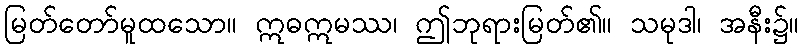
မြတ်တော်မူထသော။ ဣဓဣမဿ၊ ဤဘုရားမြတ်၏။ သမုဒါ၊ အနီး၌။